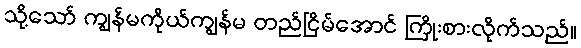
သို့သော် ကျွန်မကိုယ်ကျွန်မ တည်ငြိမ်အောင် ကြိုးစားလိုက်သည်။